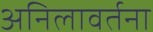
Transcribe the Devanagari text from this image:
अनिलावर्तना